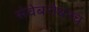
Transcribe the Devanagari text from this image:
सेवेबरोबरच